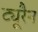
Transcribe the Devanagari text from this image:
ट्यूरैन